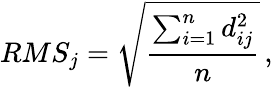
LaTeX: RMS_{j}=\sqrt{\frac{\sum_{i=1}^{n}d_{ij}^{2}}{n}}\, ,